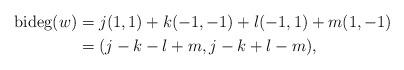
LaTeX: \begin{align*}\mathrm{bideg} (w) &= j (1,1) + k (-1,-1) + l (-1,1) + m (1,-1) \\&= ( j - k -l + m, j - k + l - m ),\end{align*}